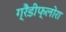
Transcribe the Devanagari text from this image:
ग्रैंडीफ्लोरा